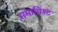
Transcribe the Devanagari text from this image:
समाविश्ट